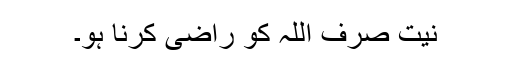
نیت صرف اللہ کو راضی کرنا ہو۔